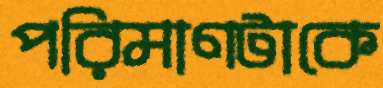
পরিমাণটাকে